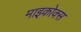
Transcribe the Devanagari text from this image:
माइकोक्स